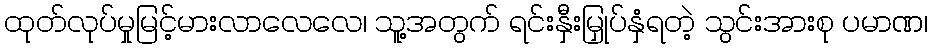
ထုတ်လုပ်မှုမြင့်မားလာလေလေ၊ သူ့အတွက် ရင်းနှီးမြှုပ်နှံရတဲ့ သွင်းအားစု ပမာဏ၊